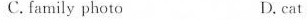
C. family photo D. cat